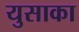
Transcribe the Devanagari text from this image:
युसाका